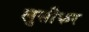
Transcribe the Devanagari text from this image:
लुसीफर